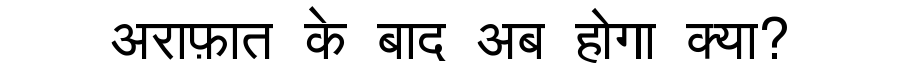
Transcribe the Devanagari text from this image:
अराफ़ात के बाद अब होगा क्या?